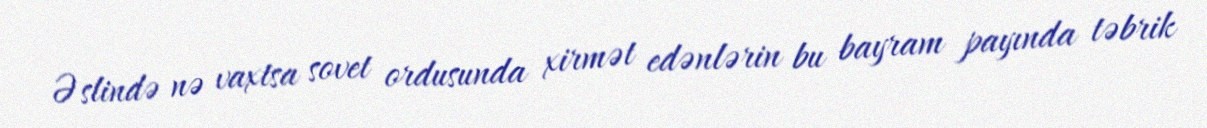
Əslində nə vaxtsa sovet ordusunda xirmət edənlərin bu bayram payında təbrik